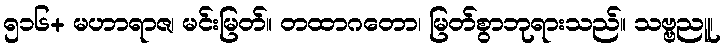
၅၁၆+ မဟာရာဇ၊ မင်းမြတ်။ တထာဂတော၊ မြတ်စွာဘုရားသည်။ သဗ္ဗညူ၊